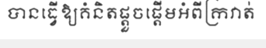
បានធ្វើឱ្យគំនិតផ្តួចផ្តើមអំពីក្រវាត់